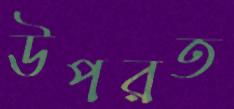
উপরত